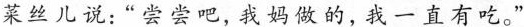
菜丝儿说:“尝尝吧,我妈做的,我一直有吃。”